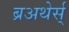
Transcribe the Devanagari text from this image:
ब्रअथेर्स्